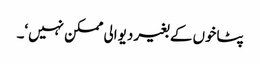
پٹاخوں کے بغیر دیوالی ممکن نہیں‘۔